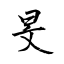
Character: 旻